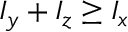
I _ { y } + I _ { z } \geq I _ { x }